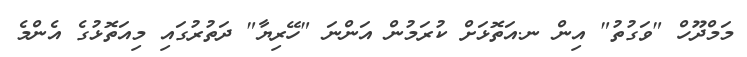
މަމްދޫހް "ވަގުތު" އިން ނ.އަތޮޅަށް ކުރަމުން އަންނަ "ހޭރިޔާ" ދަތުރުގައި މިއަތޮޅުގެ އެންމެ